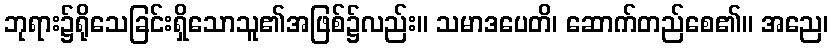
ဘုရား၌ရိုသေခြင်းရှိသောသူ၏အဖြစ်၌လည်း။ သမာဒပေတိ၊ ဆောက်တည်စေ၏။ အညေ၊